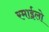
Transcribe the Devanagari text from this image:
रमाईलो